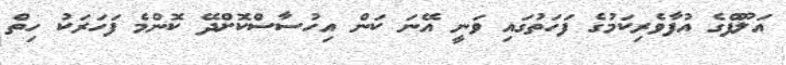
އަލޫފްގެ އުފާވެރިކަމުގެ ފަހަތުގައި ވަނީ އޭނަ ކަން އިހުސާސްކޮށްދޭ ކޮންމެ ފަހަރަކު ހިތް